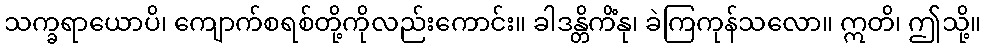
သက္ခရာယောပိ၊ ကျောက်စရစ်တို့ကိုလည်းကောင်း။ ခါဒန္တိကိံနု၊ ခဲကြကုန်သလော။ ဣတိ၊ ဤသို့။